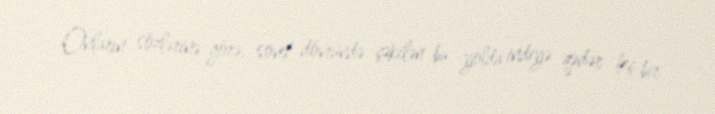
Onların sözlərinə görə, sovet dövründə çəkilən bu yolda indiyə qədər heç bir